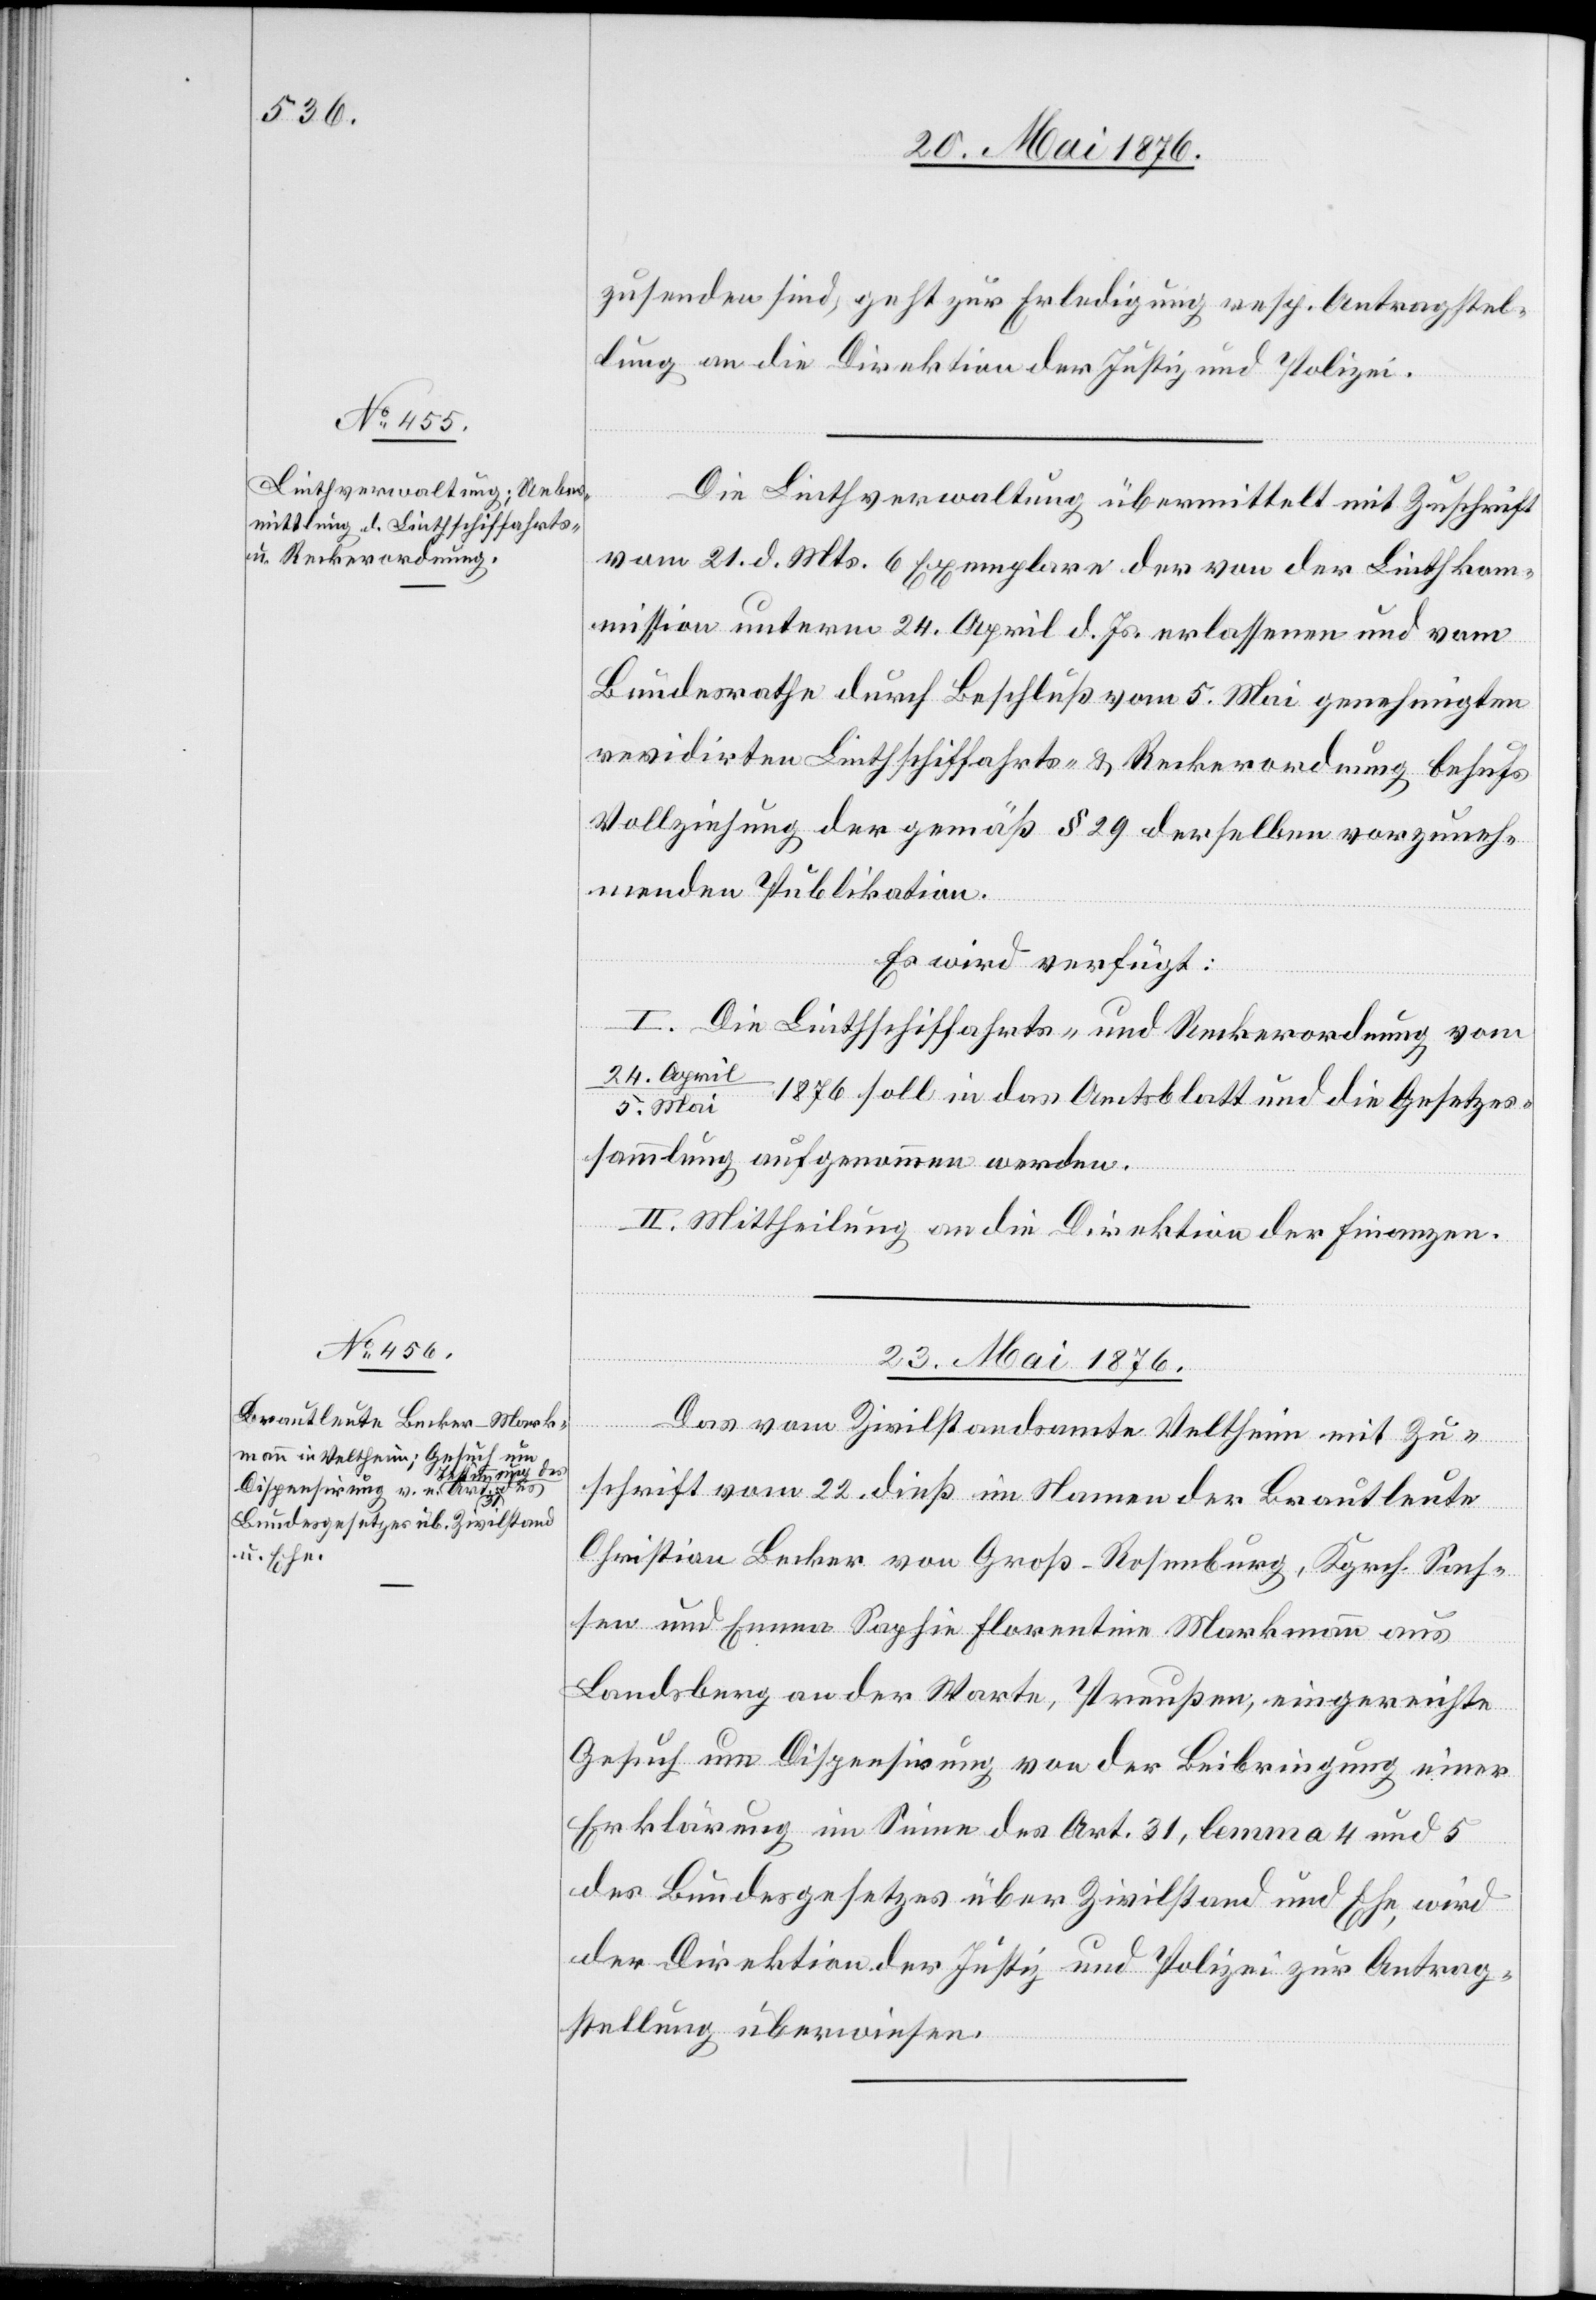
23. Mai 1876.
zusenden sind, geht zur Erledigung resp. Antragstel¬
lung an die Direktion der Justiz und Polizei.
Die Linthverwaltung übermittelt mit Zuschrift
vom 21. d. Mts. 6 Exemplare der von der Linthkom¬
mission unterm 24. April d. Js. erlassenen und vom
Bundesrathe durch Beschluß vom 5. mai genehmigten
revidirten Linthschiffahrts- & Reckerordnung behufs
Vollziehung der gemäß § 29 derselben vorzuneh¬
menden Publikation.
Es wird verfügt:
I. Die Linthschiffahrts- und Reckerordnung vom
24. April/5. Mai 1876 soll in das Amtsblatt und die Gesetzes¬
sammlung aufgenommen werden.
II. Mittheilung an die Direktion der Finanzen.
Das vom Zivilstandsamte Veltheim mit Zu¬
schrift vom 22. dieß im Namen der Brautleute
Christian Becker von Groß-Rosenburg, Kgrch. Sach¬
sen und Emma Sophie Florentine Markmann aus
Landsburg an der Warte, Preußen, eingereichte
Gesuch um Disponirung von der Beibringung einer
Erklärung im Sinne des Art. 31, lemma 4 und 5
des Bundesgesetzes über Zivilstand und Ehe, wird
der Direktion der Justiz und Polizei zur Antrag¬
stellung überwiesen.